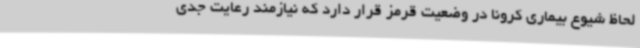
لحاظ شیوع بیماری کرونا در وضعیت قرمز قرار دارد که نیازمند رعایت جدی